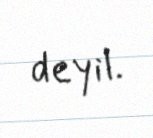
deyil.